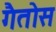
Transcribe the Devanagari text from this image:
गैतोस